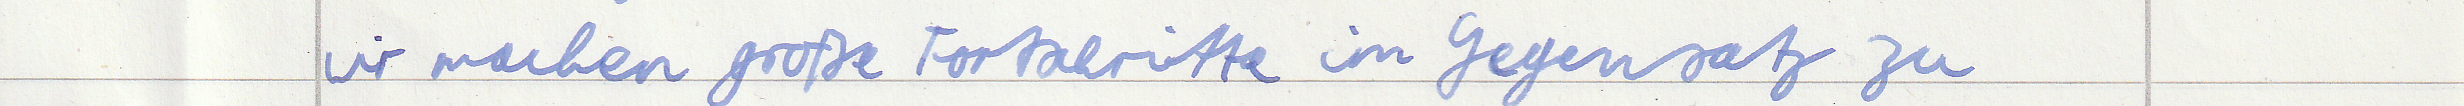
wir machen große Fortschritte im Gegensatz zu